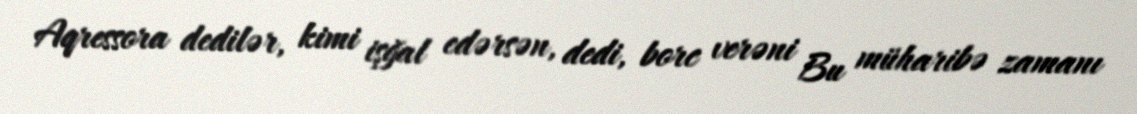
Aqressora dedilər, kimi işğal edərsən, dedi, borc verəni Bu müharibə zamanı